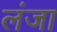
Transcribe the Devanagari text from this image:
लंजा